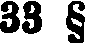
33 §